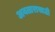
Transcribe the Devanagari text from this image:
अवतारासाठी